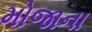
મોજાના